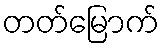
တတ်မြောက်